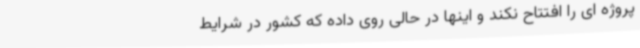
پروژه ای را افتتاح نکند و اینها در حالی روی داده که کشور در شرایط